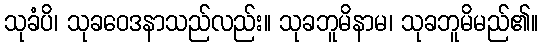
သုခံပိ၊ သုခဝေဒနာသည်လည်း။ သုခဘူမိနာမ၊ သုခဘူမိမည်၏။